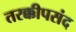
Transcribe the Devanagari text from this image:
तरक्कीपसंद